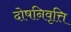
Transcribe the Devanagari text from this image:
दोषनिवृत्ति